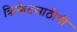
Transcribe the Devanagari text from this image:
क्रिकेटसाठीची